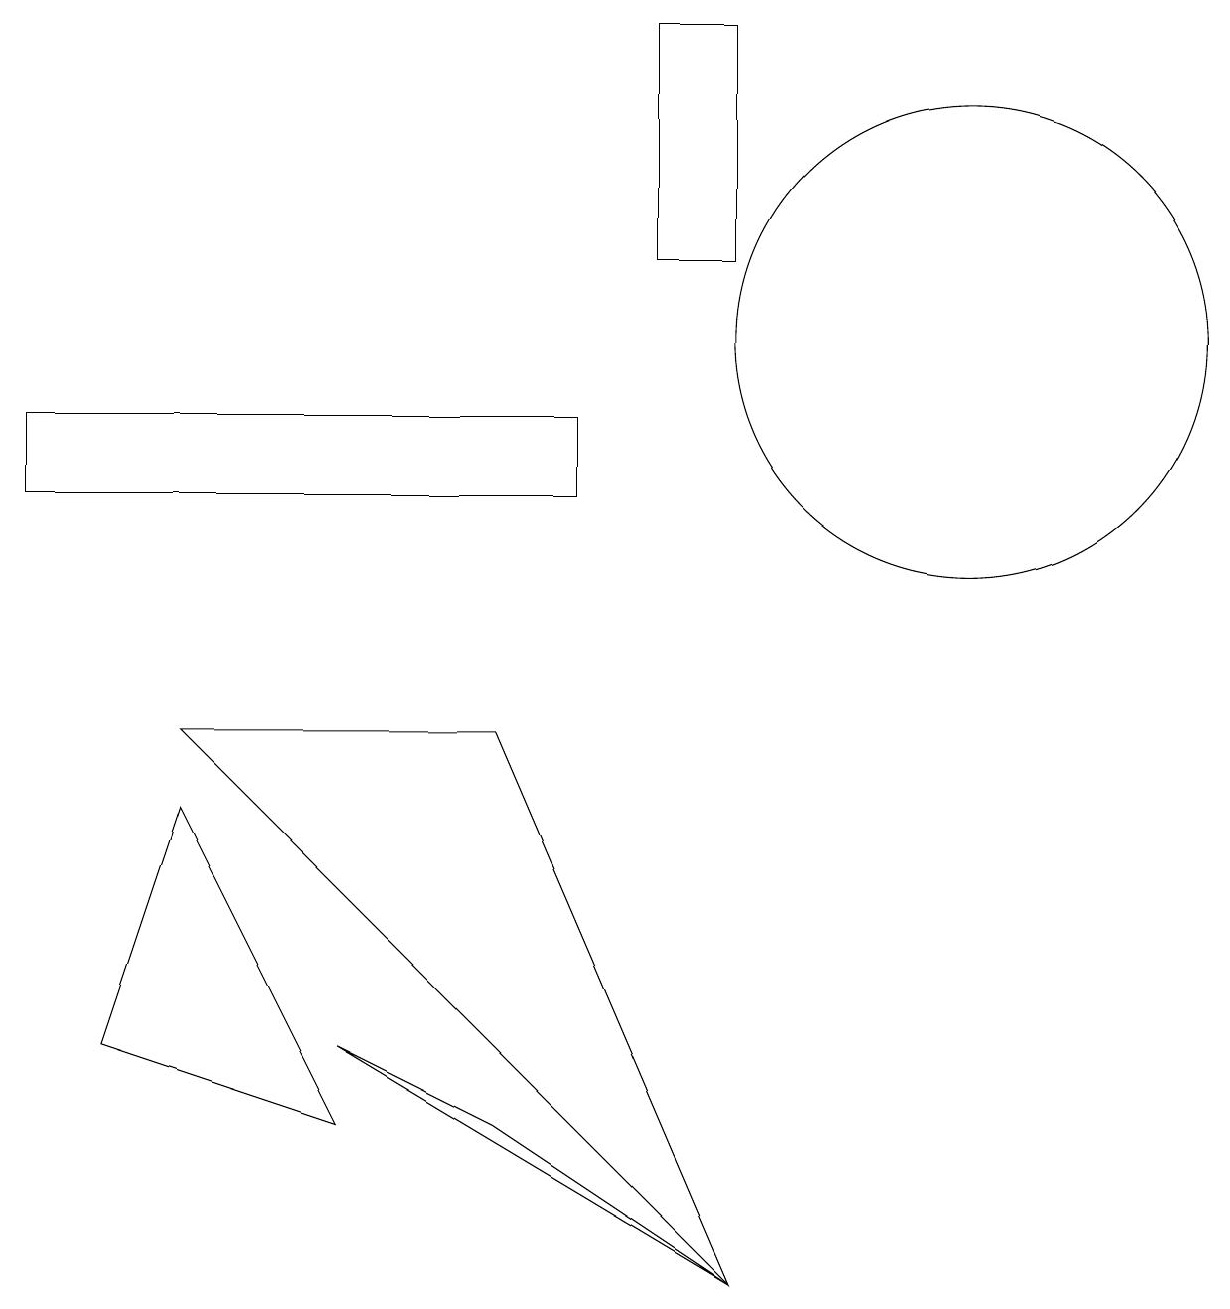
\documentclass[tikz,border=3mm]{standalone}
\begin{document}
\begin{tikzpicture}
\draw (4,2) -- (2,6) -- (1,3) -- cycle;
\draw (4,3) -- (6,2) -- (9,0) -- cycle;
\draw (8,16) rectangle (9,13);
\draw (12,12) circle (3);
\draw (9,0) -- (2,7) -- (6,7) -- cycle;
\draw (7,11) rectangle (0,10);
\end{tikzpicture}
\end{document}